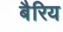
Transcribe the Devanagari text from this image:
बैरिय